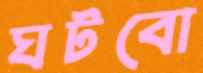
ঘটবো